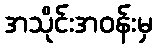
အသိုင်းအဝန်းမှ